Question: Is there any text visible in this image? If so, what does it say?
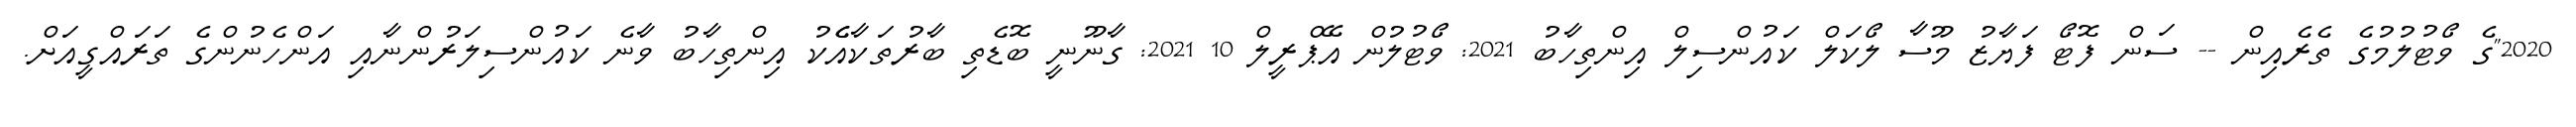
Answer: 2020"ގެ ވޯޓުލުމުގެ ތެރެއިން -- ސަން ފޮޓޯ ފަޔާޒު މޫސާ ލޯކަލް ކައުންސިލް އިންތިހާބު 2021: ވޯޓުލުން އޭޕްރީލް 10 2021: ގާނޫނީ ބޮޑެތި ބާރުތަކާއެެކު އިންތިހާބު ވާނެ ކައުންސިލަރުންނާއި އަންހެނުންގެ ތަރައްގީއަށް.